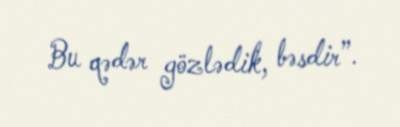
Bu qədər gözlədik, bəsdir”.